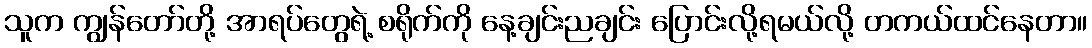
သူက ကျွန်တော်တို့ အာရပ်တွေရဲ့ စရိုက်ကို နေ့ချင်းညချင်း ပြောင်းလို့ရမယ်လို့ တကယ်ထင်နေတာ။